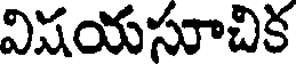
విషయసూచిక